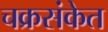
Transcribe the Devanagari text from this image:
चक्रसंकेत